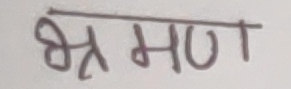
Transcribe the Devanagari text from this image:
भ्रमण